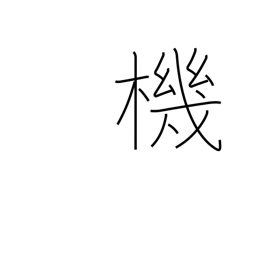
Meaning: loom